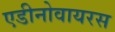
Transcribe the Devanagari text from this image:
एडीनोवायरस